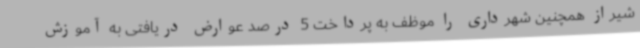
شیراز همچنین شهرداری را موظف به پرداخت 5 درصد عوارض دریافتی به آموزش